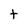
Character: t